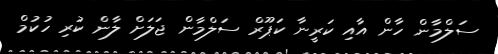
ސަލްމާން ހާން އާއި ކަރީނާ ކަޕޫރް ސަލްމާން ޖަލަށް ލާން ކުރި ހުކުމް